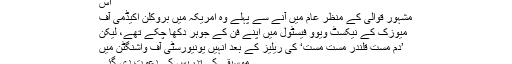
اس
مشہور قوالی کے منظر عام میں آنے سے پہلے وہ امریکہ میں بروکلن اکیڈمی آف
میوزک کے نیکسٹ ویوو فیسٹول میں اپنے فن کے جوہر دکھا چکے تھے، لیکن
’دم مست قلندر مست مست‘ کی ریلیز کے بعد انہیں یونیورسٹی آف واشنگٹن میں
موسیقی کی تدریس کی دعوت دی گئی۔